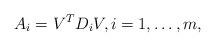
LaTeX: \begin{align*}A_i=V^T D_i V, i=1,\dots,m,\end{align*}